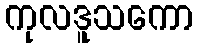
ကုလဒူသကော